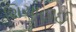
શિચાહાઈ